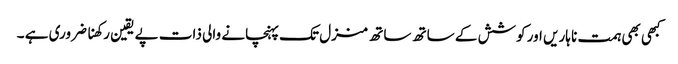
کبھی بھی ہمت نا ہاریں اور کوشش کے ساتھ ساتھ منزل تک پہنچانے والی ذات پے یقین رکھنا ضروری ہے ۔